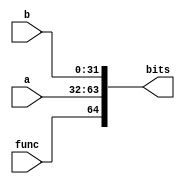
//========================================================================
// imuldiv-DivReqMsg : Divider Request Message
//========================================================================
// A divider request message contains input data and the
// desired operation and is sent to a divider unit. The unit
// will respond with a divider response message.
//
// Message Format:
//
//     64 63       32 31        0
//  +----+-----------+-----------+
//  | fn | operand b | operand a |
//  +----+-----------+-----------+
//

`ifndef IMULDIV_DIVREQ_MSG_V
`define IMULDIV_DIVREQ_MSG_V

//------------------------------------------------------------------------
// Message defines
//------------------------------------------------------------------------

// Size of message

`define IMULDIV_DIVREQ_MSG_SZ              65

// Size and enums for each field

`define IMULDIV_DIVREQ_MSG_FUNC_SZ         1
`define IMULDIV_DIVREQ_MSG_FUNC_UNSIGNED   1'd0
`define IMULDIV_DIVREQ_MSG_FUNC_SIGNED     1'd1

`define IMULDIV_DIVREQ_MSG_A_SZ            32
`define IMULDIV_DIVREQ_MSG_B_SZ            32

// Location of each field

`define IMULDIV_DIVREQ_MSG_FUNC_FIELD      64
`define IMULDIV_DIVREQ_MSG_A_FIELD         63:32
`define IMULDIV_DIVREQ_MSG_B_FIELD         31:0

//------------------------------------------------------------------------
// Convert message to bits
//------------------------------------------------------------------------

module imuldiv_DivReqMsgToBits
(
  // Input message

  input [`IMULDIV_DIVREQ_MSG_FUNC_SZ-1:0] func,
  input [`IMULDIV_DIVREQ_MSG_A_SZ-1:0]    a,
  input [`IMULDIV_DIVREQ_MSG_B_SZ-1:0]    b,

  // Output bits

  output [`IMULDIV_DIVREQ_MSG_SZ-1:0] bits
);

  assign bits[`IMULDIV_DIVREQ_MSG_FUNC_FIELD] = func;
  assign bits[`IMULDIV_DIVREQ_MSG_A_FIELD]    = a;
  assign bits[`IMULDIV_DIVREQ_MSG_B_FIELD]    = b;

endmodule

//------------------------------------------------------------------------
// Convert message from bits
//------------------------------------------------------------------------

module imuldiv_DivReqMsgFromBits
(
  // Input bits

  input [`IMULDIV_DIVREQ_MSG_SZ-1:0] bits,

  // Output message

  output [`IMULDIV_DIVREQ_MSG_FUNC_SZ-1:0] func,
  output [`IMULDIV_DIVREQ_MSG_A_SZ-1:0]    a,
  output [`IMULDIV_DIVREQ_MSG_B_SZ-1:0]    b
);

  assign func = bits[`IMULDIV_DIVREQ_MSG_FUNC_FIELD];
  assign a    = bits[`IMULDIV_DIVREQ_MSG_A_FIELD];
  assign b    = bits[`IMULDIV_DIVREQ_MSG_B_FIELD];

endmodule

//------------------------------------------------------------------------
// Convert message to string
//------------------------------------------------------------------------

`ifndef SYNTHESIS
module imuldiv_DivReqMsgToStr
(
  input [`IMULDIV_DIVREQ_MSG_SZ-1:0] msg
);

  // Extract fields

  wire [`IMULDIV_DIVREQ_MSG_FUNC_SZ-1:0] func = msg[`IMULDIV_DIVREQ_MSG_FUNC_FIELD];
  wire [`IMULDIV_DIVREQ_MSG_A_SZ-1:0]    a    = msg[`IMULDIV_DIVREQ_MSG_A_FIELD];
  wire [`IMULDIV_DIVREQ_MSG_B_SZ-1:0]    b    = msg[`IMULDIV_DIVREQ_MSG_B_FIELD];

  // Short names

  localparam fn_unsigned = `IMULDIV_DIVREQ_MSG_FUNC_UNSIGNED;
  localparam fn_signed   = `IMULDIV_DIVREQ_MSG_FUNC_SIGNED;

  // Full string sized for 20 characters

  reg [20*8-1:0] full_str;
  always @(*) begin

    if ( msg === `IMULDIV_DIVREQ_MSG_SZ'bx )
      $sformat( full_str, "x            ");
    else begin
      case ( func )
        fn_signed   : $sformat( full_str, "div   %d, %d", a, b );
        fn_unsigned : $sformat( full_str, "divu  %d, %d", a, b );
        default     : $sformat( full_str, "undefined func" );
      endcase
    end

  end

  // Tiny string sized for 2 characters

  reg [2*8-1:0] tiny_str;
  always @(*) begin

    if ( msg === `IMULDIV_DIVREQ_MSG_SZ'bx )
      $sformat( tiny_str, "x ");
    else begin
      case ( func )
        fn_signed   : $sformat( tiny_str, "/ "  );
        fn_unsigned : $sformat( tiny_str, "/u"  );
        default     : $sformat( tiny_str, "??"  );
      endcase
    end

  end

endmodule
`endif /* SYNTHESIS */

`endif /* IMULDIV_MULDIVREQ_MSG_V */